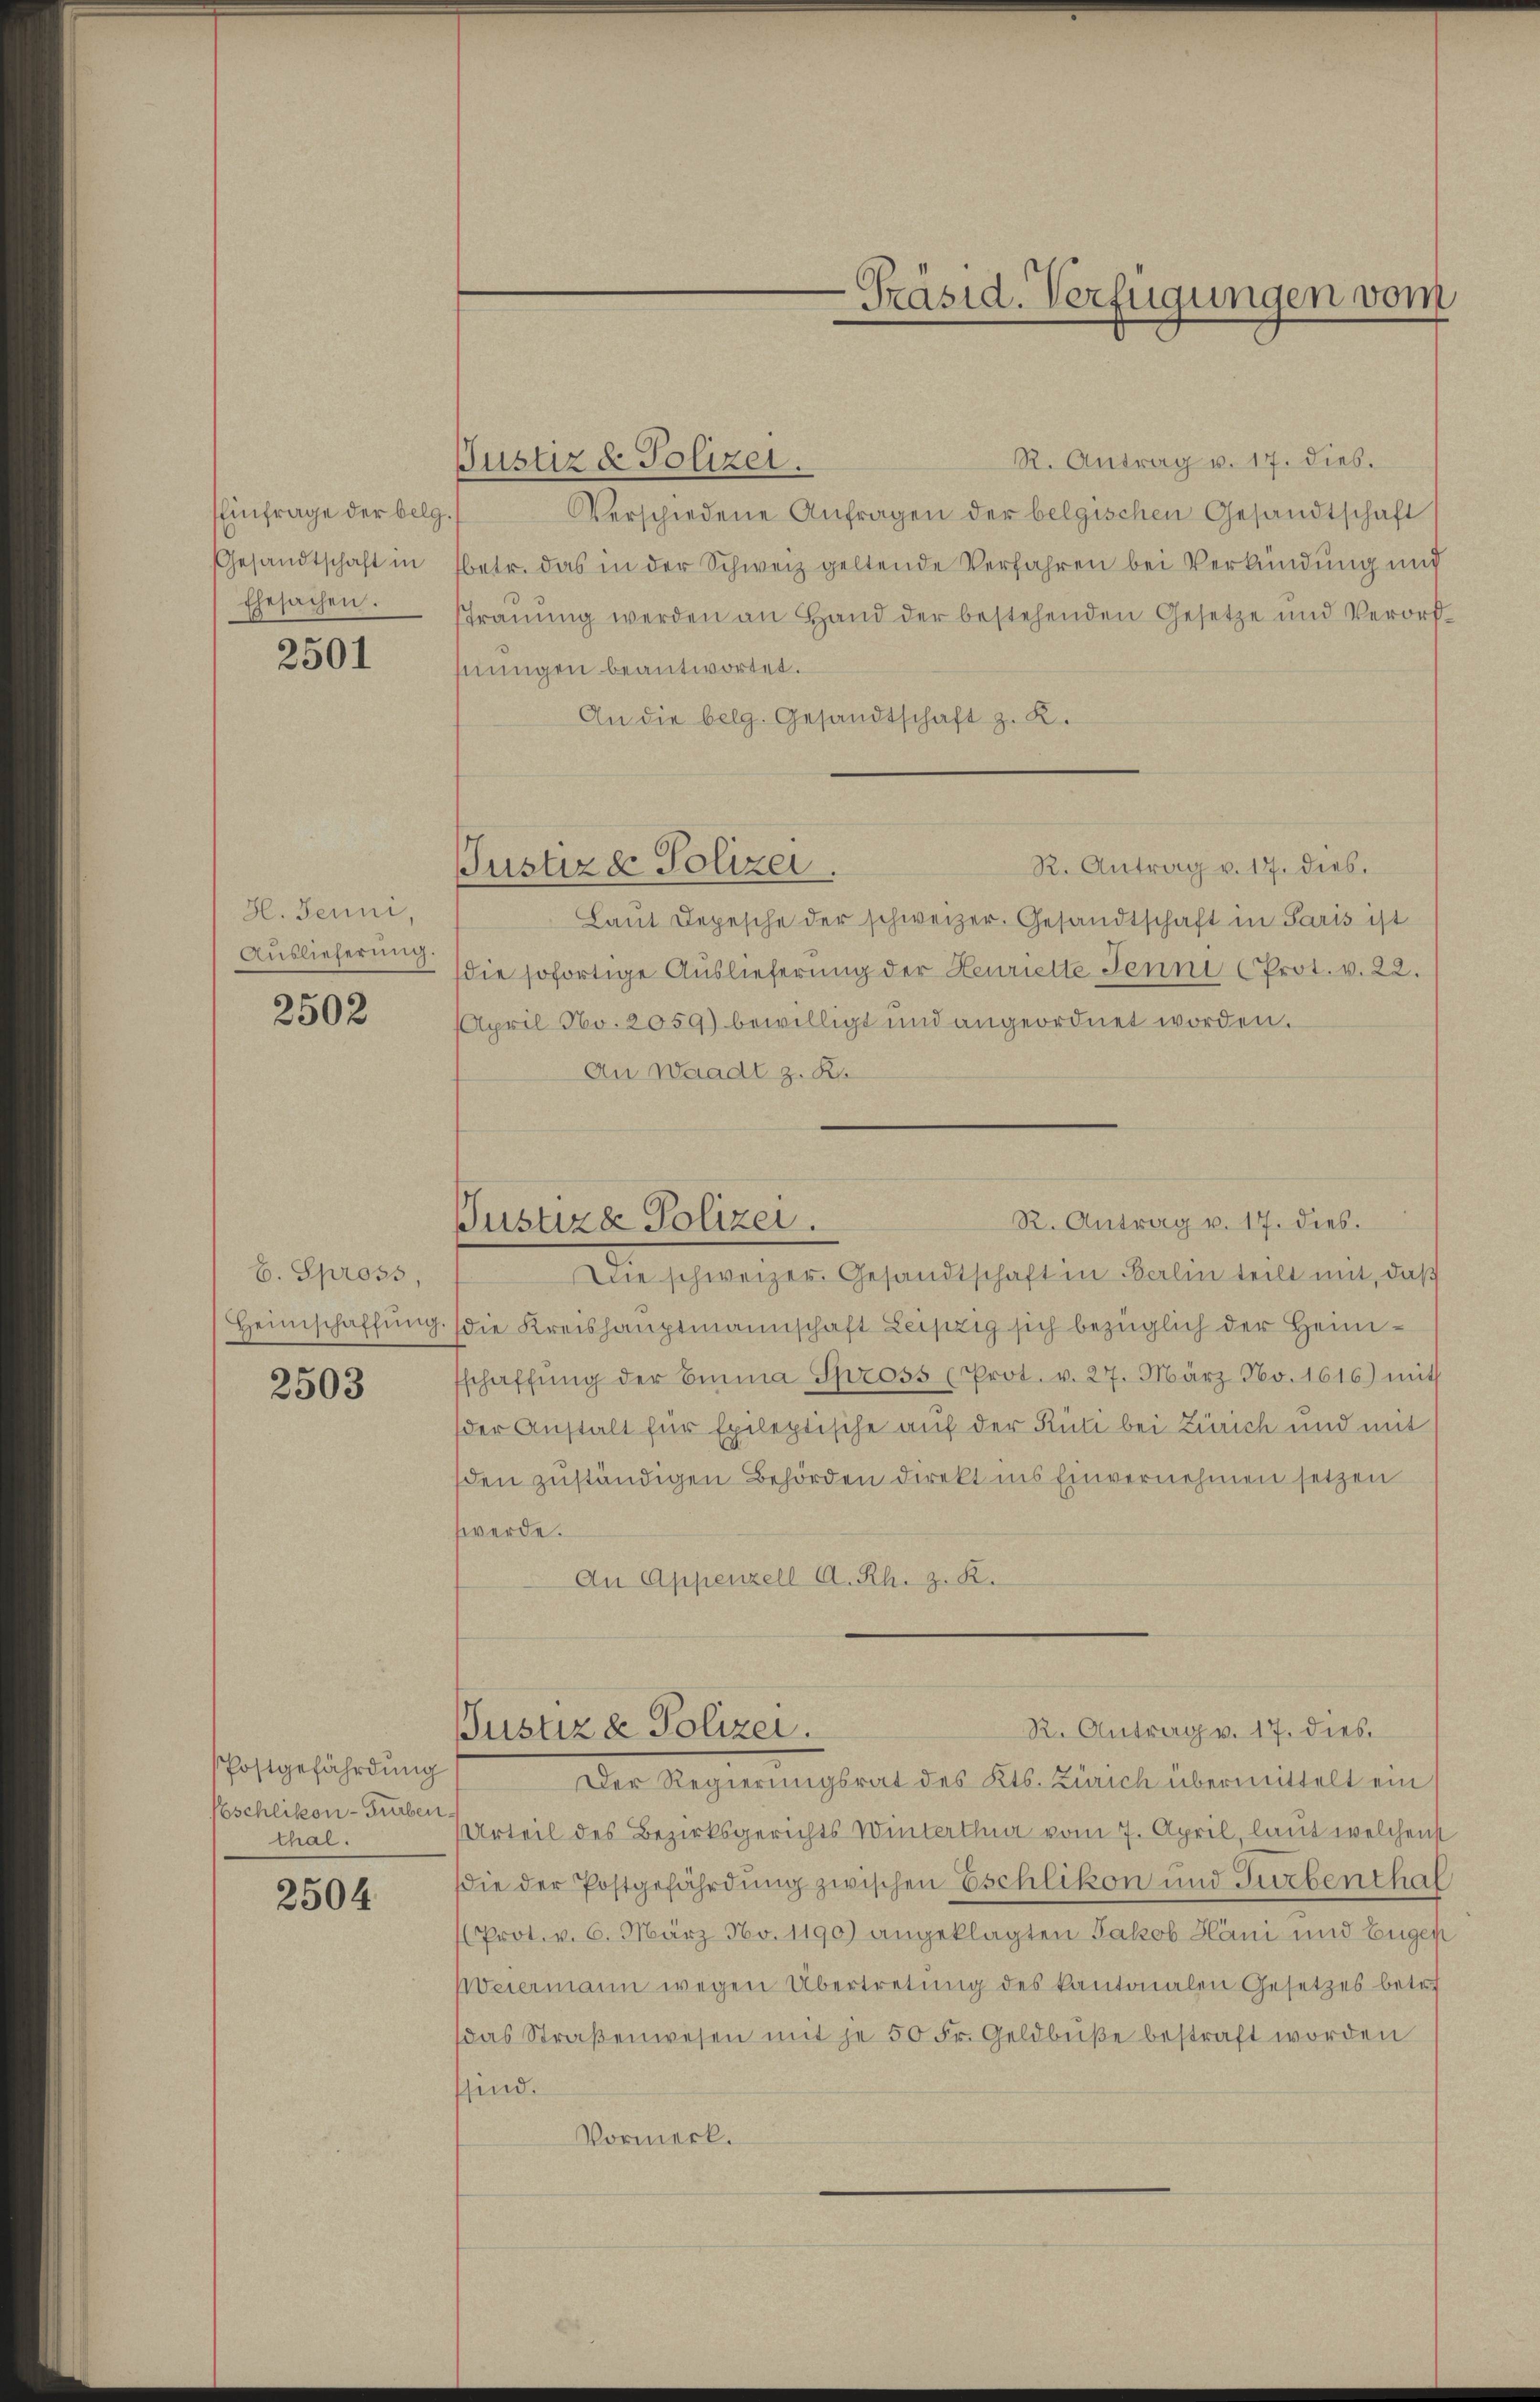
Einfrage der belg.
Gesandtschaft in
Ehesachen.
2501

H. Jenni,
Auslieferung.
2502

b. Spross,

2503

Postgefährdung
Eschlikon-Turben
Chal.

2504

R. Antrag v. 17. dies.
Justiz & Polizei.
Verschiedene Anfragen der belgischen Gesandtschaft
betr. das in der Schweiz geltende Verfahren bei Verkündung und
Strauung werden an Hand der bestehenden Gesetze und Verordhnŭngen beantwortet.
An die belg. Gesandtschaft z. K.
R. Antrag v. 17. dies.
Justiz & Polizei.
Laŭt Depesche der schweizer. Gesandtschaft in Paris ist
die sofortige Auslieferung der Henriette Jenni (Prot. v. 22.
April No. 2059) bewilligt und angeordnet worden.
An Waadt z. B.
Die schweizer Gesandtschaft in Balm sein mit, das
Heimschaffung. (die Kreishauptmannschaft Leipzig sich bezüglich der Heimschaffŭng der Emma Spross (Prot. v. 27. März No. 1616) mit
der Anstalt für Epileptische auf der Rüti bei Zürich und mit
den zuständigen Behörden direkt ins Einvernehmen setzen
werde.
An Appenzell A. Rh. z. R.
R. Antrag v. 17. dies
Pustiz & Polizei.
Der Regierungsrat des Kts. Zürich übermittelt ein
Urteil des Bezirksgerichts Winterthur vom 7. April, laut welchen
die der Postgefährdung zwischen Eschlikon und Turbenthal
Prot. v. 6. März No. 1190) angeklagten Jakob Häni und Eugen
Weiermann wegen Übertretŭng des kantonalen Gesetzes betr.
das Straβenwesen mit je 50 Fr. Geldbŭβe bestraft worden
sfind.
Vormerk.

Präsid. Verfügungen vom

R. Antrag v. 17. dies.
Pustiza Polizei.